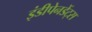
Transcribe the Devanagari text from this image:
इंडीपेनडेंट्स